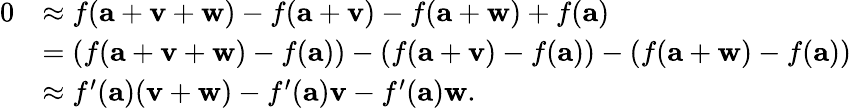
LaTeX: {\begin{array}{rl}{0}&{\approx f(\mathbf{a}+\mathbf{v}+\mathbf{w})-f(\mathbf{a}+\mathbf{v})-f(\mathbf{a}+\mathbf{w})+f(\mathbf{a})}\\ &{=(f(\mathbf{a}+\mathbf{v}+\mathbf{w})-f(\mathbf{a}))-(f(\mathbf{a}+\mathbf{v})-f(\mathbf{a}))-(f(\mathbf{a}+\mathbf{w})-f(\mathbf{a}))}\\ &{\approx f^{\prime}(\mathbf{a})(\mathbf{v}+\mathbf{w})-f^{\prime}(\mathbf{a})\mathbf{v}-f^{\prime}(\mathbf{a})\mathbf{w}.}\end{array}}